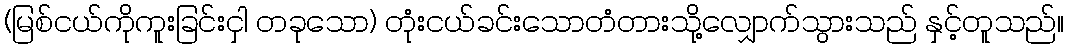
(မြစ်ငယ်ကိုကူးခြင်းငှါ တခုသော) တုံးငယ်ခင်းသောတံတားသို့လျှောက်သွားသည် နှင့်တူသည်။